Report on the bubonic plague in Bombay, 1896-1897
Year: 1896
Disease focus: Plague
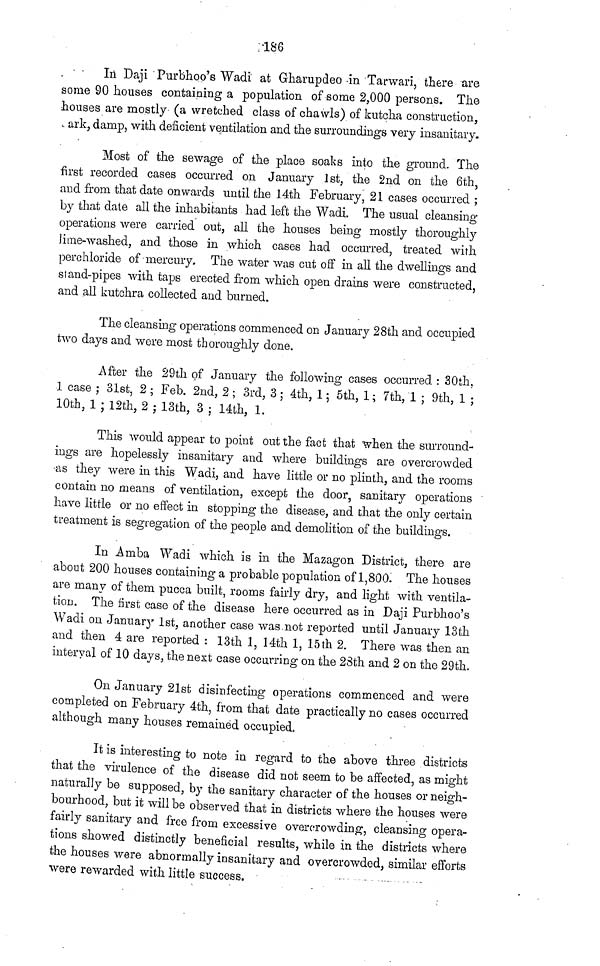
186
In Daji Purbhoo's Wadi at Gharupdeo -in Tarwari, there are
some 90 houses containing a population of some 2,000 persons. The
houses are mostly (a wretched class of chawls) of kutcha construction,
ark, damp, with deficient ventilation and the surroundings very insanitary.
Most of the sewage of the place soaks into the ground. The
first recorded cases occurred on January 1st, the 2nd on the 6th,
and from that date onwards until the 14th February, 21 cases occurred ;
by that date all the inhabitants had left the Wadi. The usual cleansing
operations were carried out, all the houses being mostly thoroughly
lime-washed, and those in which cases had occurred, treated with
perchloride of mercury. The water was cut off in all the dwellings and
stand-pipes with taps erected from which open drains were constructed,
and all kutchra collected and burned.
The cleansing operations commenced on January 28th and occupied
two days and were most thoroughly done.
After the 29th of January the following cases occurred : 30th,
1 case ; 31st, 2 ; Feb. 2nd, 2 ; 3rd, 3 ; 4th, 1 ; 5th, 1 ; 7th, 1 ; 9th, 1 ;
10th, 1 ; 12th, 2 ; 13th, 3 ; 14th, 1.
This would appear to point out the fact that when the surround-
ings are hopelessly insanitary and where buildings are overcrowded
as they were in this Wadi, and have little or no plinth, and the rooms
contain no means of ventilation, except the door, sanitary operations
have little or no effect in stopping the disease, and that the only certain
treatment is segregation of the people and demolition of the buildings.
In Amba Wadi which is in the Mazagon District, there are
about 200 houses containing a probable population of 1,800. The houses
are many of them pucca built, rooms fairly dry, and light with ventila-
tion. The first case of the disease here occurred as in Daji Purbhoo's
Wadi on January 1st, another case was not reported until January 13th
and then 4 are reported : 13th 1, 14th 1, 15th 2. There was then an
interval of 10 days, the next case occurring on the 23th and 2 on the 29th.
On January 21st disinfecting operations commenced and were
completed on February 4th, from that date practically no cases occurred
although many houses remained occupied,
It is interesting to note in regard to the above three districts
that the virulence of the disease did not seem to be affected, as might
naturally be supposed, by the sanitary character of the houses or neigh-
bourhood, but it will be observed that in districts where the houses were
fairly sanitary and free from excessive overcrowding, cleansing opera-
tions showed distinctly beneficial results, while in the districts where
the houses were abnormally insanitary and overcrowded, similar efforts
were rewarded with little success.